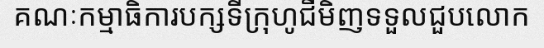
គណៈកម្មាធិការបក្សទីក្រុហូជីមិញទទួលជួបលោក